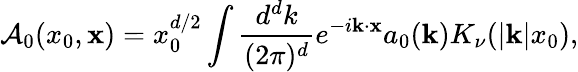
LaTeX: {\cal A}_{0}(x_{0},{\mathbf x})=x_{0}^{d/2}\int{\frac{d^{d}k}{(2\pi)^{d}}}e^{-i{\mathbf k}\cdot{\mathbf x}}a_{0}({\mathbf k})K_{\nu}(|{\mathbf k}|x_{0}),